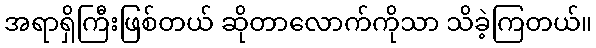
အရာရှိကြီးဖြစ်တယ် ဆိုတာလောက်ကိုသာ သိခဲ့ကြတယ်။